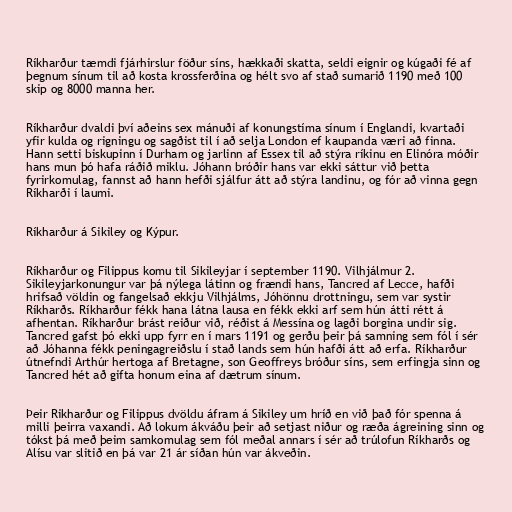
Ríkharður tæmdi fjárhirslur föður síns, hækkaði skatta, seldi eignir og kúgaði fé af
þegnum sínum til að kosta krossferðina og hélt svo af stað sumarið 1190 með 100
skip og 8000 manna her.

Ríkharður dvaldi því aðeins sex mánuði af konungstíma sínum í Englandi, kvartaði
yfir kulda og rigningu og sagðist til í að selja London ef kaupanda væri að finna.
Hann setti biskupinn í Durham og jarlinn af Essex til að stýra ríkinu en Elinóra móðir
hans mun þó hafa ráðið miklu. Jóhann bróðir hans var ekki sáttur við þetta
fyrirkomulag, fannst að hann hefði sjálfur átt að stýra landinu, og fór að vinna gegn
Ríkharði í laumi.

Ríkharður á Sikiley og Kýpur.

Ríkharður og Filippus komu til Sikileyjar í september 1190. Vilhjálmur 2.
Sikileyjarkonungur var þá nýlega látinn og frændi hans, Tancred af Lecce, hafði
hrifsað völdin og fangelsað ekkju Vilhjálms, Jóhönnu drottningu, sem var systir
Ríkharðs. Ríkharður fékk hana látna lausa en fékk ekki arf sem hún átti rétt á
afhentan. Ríkharður brást reiður við, réðist á Messína og lagði borgina undir sig.
Tancred gafst þó ekki upp fyrr en í mars 1191 og gerðu þeir þá samning sem fól í sér
að Jóhanna fékk peningagreiðslu í stað lands sem hún hafði átt að erfa. Ríkharður
útnefndi Arthúr hertoga af Bretagne, son Geoffreys bróður síns, sem erfingja sinn og
Tancred hét að gifta honum eina af dætrum sínum.

Þeir Rikharður og Filippus dvöldu áfram á Sikiley um hríð en við það fór spenna á
milli þeirra vaxandi. Að lokum ákváðu þeir að setjast niður og ræða ágreining sinn og
tókst þá með þeim samkomulag sem fól meðal annars í sér að trúlofun Ríkharðs og
Alísu var slitið en þá var 21 ár síðan hún var ákveðin.